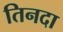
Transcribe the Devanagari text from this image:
तिनदा